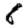
Digit: 6